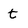
Character: t